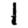
Digit: 1